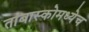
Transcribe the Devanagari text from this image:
ताबास्कोमध्येच